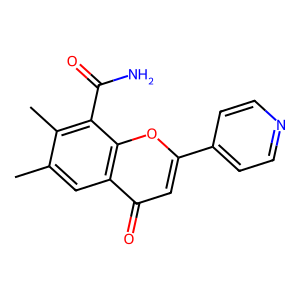
SMILES: Cc1cc2c(=O)cc(-c3ccncc3)oc2c(C(N)=O)c1C
Inhibits HIV replication: No